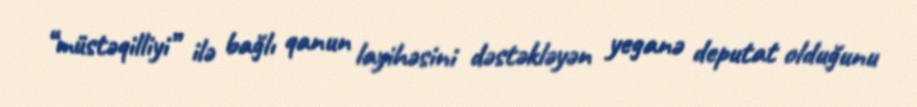
“müstəqilliyi” ilə bağlı qanun layihəsini dəstəkləyən yeganə deputat olduğunu